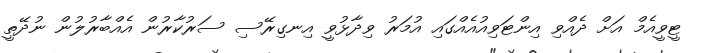
ޓީވީއެމް އަށް ދެއްވި އިންޓަވިއުއެއްގައި އުމަރު ވިދާޅުވީ އިނގިރޭސި ސަރުކާރުން އެއްބާރުލުން ނުދޭތީ